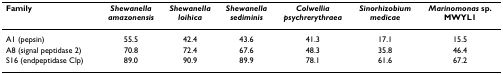
| Family | Shewanellaamazonensis | Shewanellaloihica | Shewanellasediminis | Colwelliapsychrerythraea | Sinorhizobiummedicae | Marinomonas sp.MWYL1 |
 | --- | --- | --- | --- | --- | --- | --- |
 | A1 (pepsin) | 55.5 | 42.4 | 43.6 | 41.3 | 17.1 | 15.5 |
 | A8 (signal peptidase 2) | 70.8 | 72.4 | 67.6 | 48.3 | 35.8 | 46.4 |
 | S16 (endpeptidase Clp) | 89.0 | 90.9 | 89.9 | 78.1 | 61.6 | 67.2 |